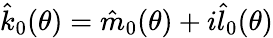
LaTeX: \hat{k}_{0}(\theta)=\hat{m}_{0}(\theta)+i\hat{l}_{0}(\theta)